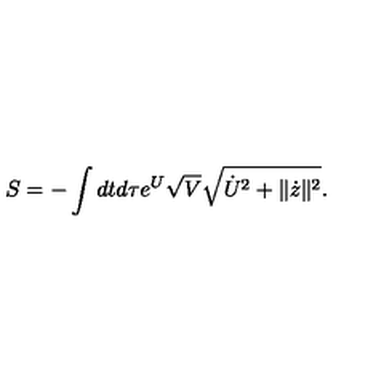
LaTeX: S = - \int d t d \tau e ^ { U } \sqrt { V } \sqrt { \dot { U } ^ { 2 } + \| \dot { z } \| ^ { 2 } } .